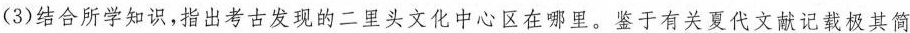
(3)结合所学知识,指出考古发现的二里头文化中心区在哪里。鉴于有关夏代文献记载极其简